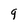
Character: 9